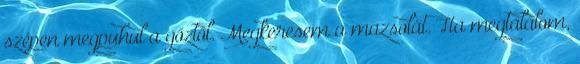
szépen megpuhul a gőztől. Megkeresem a mazsolát. Ha megtalálom,